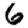
Digit: 6